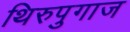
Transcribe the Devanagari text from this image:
थिरुपुगाज